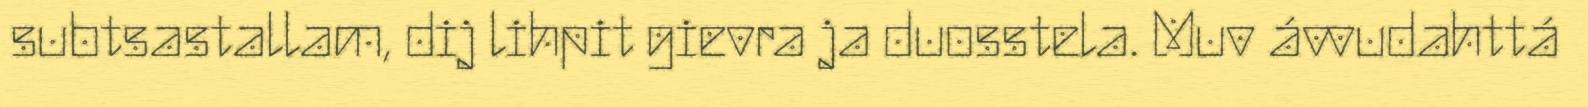
subtsastallam, dij lihpit gievra ja duosstela. Muv ávvudahttá